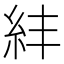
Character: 𥾫